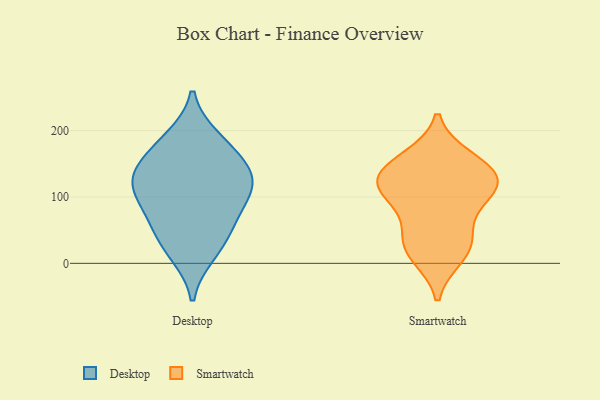
{"axis": {"x": "Bounce Rate (%)", "y": "Value"}, "legend": ["Desktop", "Smartwatch"], "data": [{"x": "", "y": 175, "type": "Desktop"}, {"x": "", "y": 65, "type": "Desktop"}, {"x": "", "y": 121, "type": "Desktop"}, {"x": "", "y": 187, "type": "Desktop"}, {"x": "", "y": 74, "type": "Desktop"}, {"x": "", "y": 147, "type": "Desktop"}, {"x": "", "y": 115, "type": "Desktop"}, {"x": "", "y": 16, "type": "Desktop"}, {"x": "", "y": 34, "type": "Desktop"}, {"x": "", "y": 111, "type": "Desktop"}, {"x": "", "y": 133, "type": "Desktop"}, {"x": "", "y": 20, "type": "Smartwatch"}, {"x": "", "y": 11, "type": "Smartwatch"}, {"x": "", "y": 132, "type": "Smartwatch"}, {"x": "", "y": 34, "type": "Smartwatch"}, {"x": "", "y": 118, "type": "Smartwatch"}, {"x": "", "y": 158, "type": "Smartwatch"}, {"x": "", "y": 152, "type": "Smartwatch"}, {"x": "", "y": 52, "type": "Smartwatch"}, {"x": "", "y": 104, "type": "Smartwatch"}, {"x": "", "y": 134, "type": "Smartwatch"}, {"x": "", "y": 98, "type": "Smartwatch"}, {"x": "", "y": 115, "type": "Smartwatch"}]}